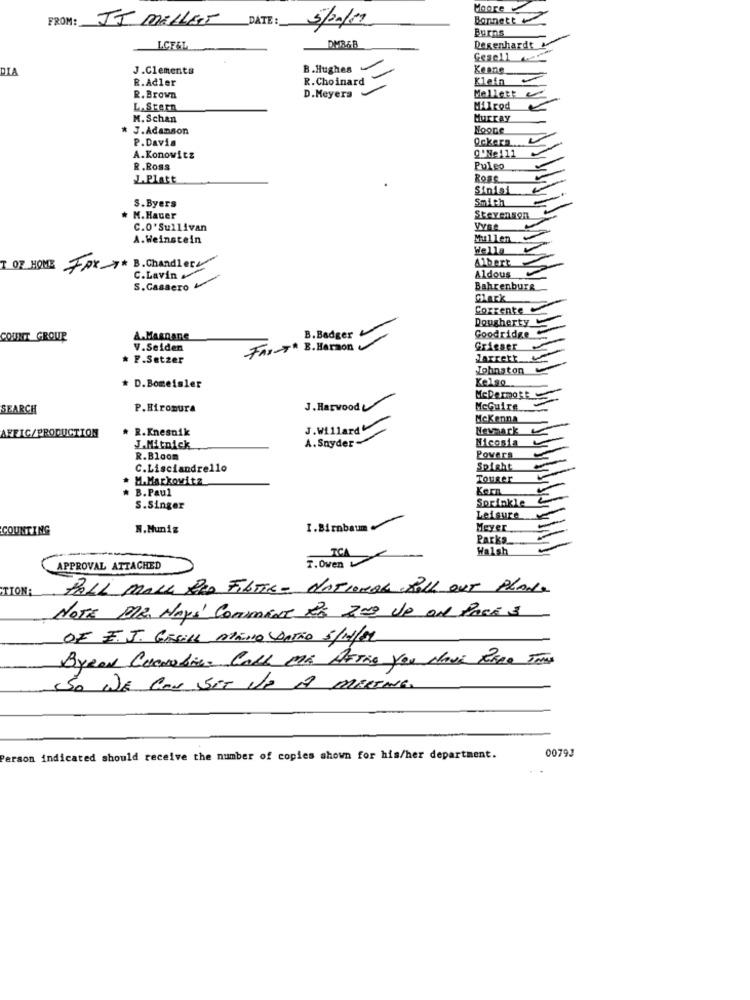
Moore
Bonnett
FROM: JJ MELLETT DATE : 5/20/19
Burns
DHR&B
LCEEL
Degenhardt
Gesell
DIA
J.Clements
B.Hughes
Keane
R.Adler
R.Choinard
Klein
R. Brown
D. Meyers
LAStern
Milrod
M. Schan
Murray
J. Adamson
Noone
P.Davis
Qckers
Q.Ne111
A.Konowitz
R .Ross
Puleo
L.Platt
Ross ...
Sinisi
S.Byers
Smith
M. Hauer
Stevenson
C.O'Sullivan
A.Weinstein
Mullen
Wella
Albert
T OF HOME
Fox * B. Chandlers
C.Lavin
Aldous
S.Cassero
Bahrenburg
Clark
Corrente
Dougherty
COUNT GROUP
A.Magnane
B. Badger
Goodridge
V.Seiden
FAX-T" B. Harmon
Grieser
* F.Setzer
Jarrett
Johnston
Kelso
* D. Bomeisler
SEARCH
P.Hiromura
J.Harwood
McGuire
McKenna
* R.Knesnik
J.Willard
AFFIC/PRODUCTION
A. Snyder-
Nicosia
J.Mitnick
R.Bloom
Povers
C.Lisciandrello
Spight
M.Markowitz
Tourer
B. Paul
Kern
Sprinkle
S.Singer
Leisure
COUNTING
N.Muniz
1.Birnbaum
Meyer
PARKS.
TCA
Walsh
T.Oven
APPROVAL ATTACHED
TTONA
PALL MALL PRO FILTTE- NATIONAL ROLL OUT PLAN.
NOTE PRE MAYS CONment RE 20g de ON PARA 3
OF E.J. GESiLL ATAINO CARTÃO 5/11/89
ByRAN Corobie. Call ME AFTER YOU MOVE PARAO TRAS
SO WE CAN SET VE A MAKING.
00793
Person indicated should receive the number of copies shown for his/her department.